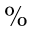
\%